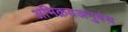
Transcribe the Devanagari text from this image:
अभिक्रयअनुबंध